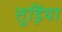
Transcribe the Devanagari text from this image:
तुड़िया